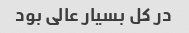
در کل بسیار عالى بود